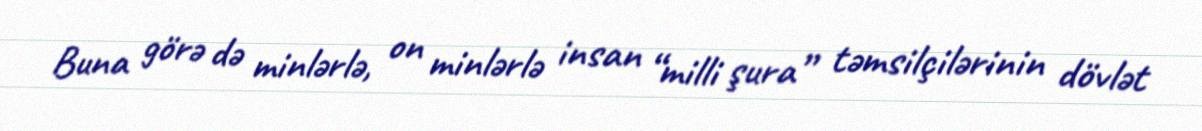
Buna görə də minlərlə, on minlərlə insan “milli şura” təmsilçilərinin dövlət